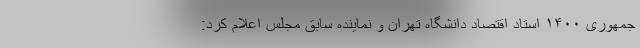
جمهوری ۱۴۰۰ استاد اقتصاد دانشگاه تهران و نماینده سابق مجلس اعلام کرد: